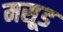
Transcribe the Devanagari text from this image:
मसूड